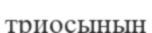
триосының